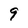
Character: 9